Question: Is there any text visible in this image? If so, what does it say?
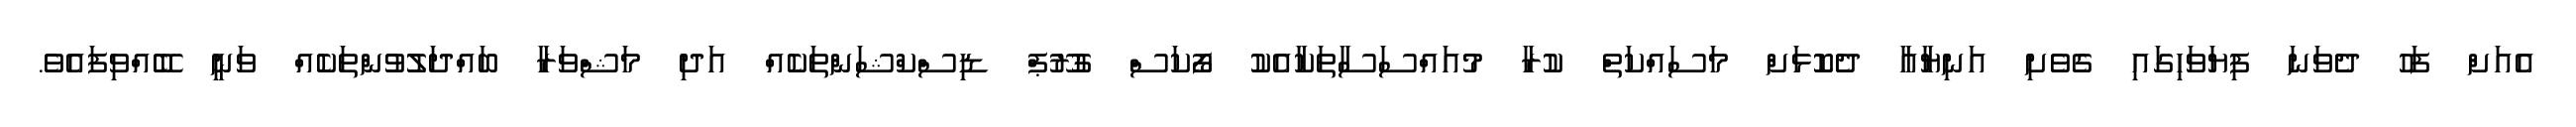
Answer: އެއަށް ފަހު ދެވަނަ ފިޔަވަހިގައި ގެވެށި އަނިޔާއާ ދެކޮޅަށް މަސައްކަތް ކުރާ މުއައްސަސާތަކާއެކު ފޯކަސް ގުރޫޕް ޑިސްކްޝަންތަކެއް އަދި މަޝްވަރާ ބައްދަލުވުންތަކެއް ވަނީ ބޭއްވިފައެވެ.